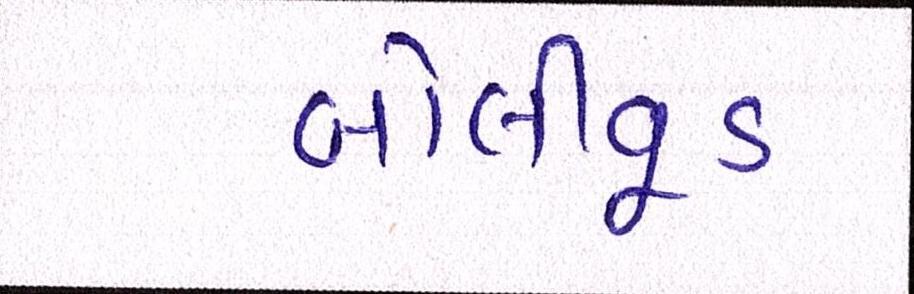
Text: બૉલીવૂડ